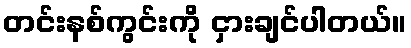
တင်းနစ်ကွင်းကို ငှားချင်ပါတယ်။